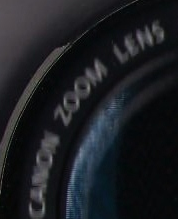
CAMON ZOOM LENS